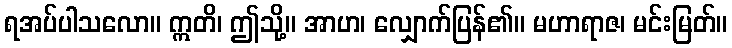
ရအပ်ပါသလော။ ဣတိ၊ ဤသို့။ အာဟ၊ လျှောက်ပြန်၏။ မဟာရာဇ၊ မင်းမြတ်။